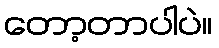
တော့တာပါပဲ။